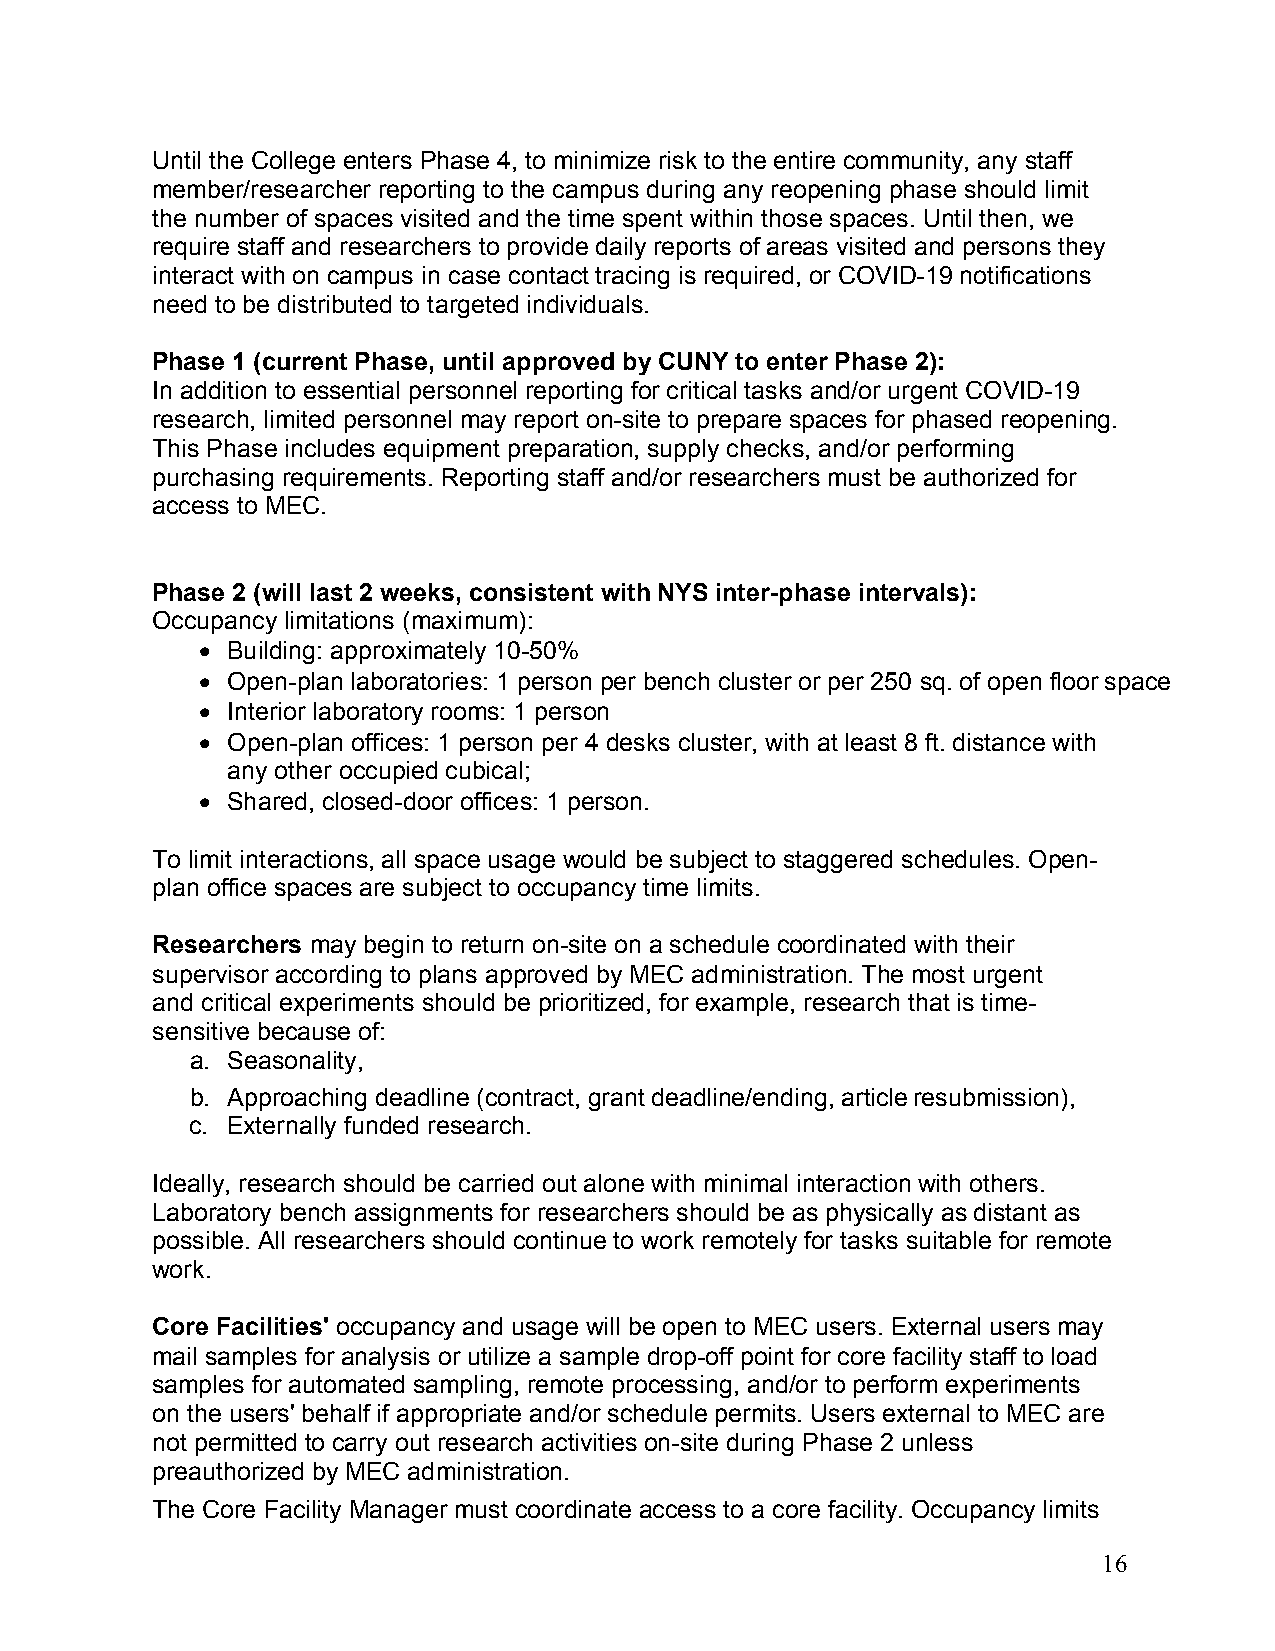
Until the College enters Phase 4, to minimize risk to the entire community, any staff
 member/researcher reporting to the campus during any reopening phase should limit
 the number of spaces visited and the time spent within those spaces. Until then, we
 require staff and researchers to provide daily reports of areas visited and persons they
 interact with on campus in case contact tracing is required, or COVID-19 notifications
 need to be distributed to targeted individuals.
 Phase 1 (current Phase, until approved by CUNY to enter Phase 2):
 In addition to essential personnel reporting for critical tasks and/or urgent COVID-19
 research, limited personnel may report on-site to prepare spaces for phased reopening.
 This Phase includes equipment preparation, supply checks, and/or performing
 purchasing requirements. Reporting staff and/or researchers must be authorized for
 access to MEC.
 Phase 2 (will last 2 weeks, consistent with NYS inter-phase intervals):
 Occupancy limitations (maximum):
 • Building: approximately 10-50%
 • Open-plan laboratories: 1 person per bench cluster or per 250 sq. of open floor space
 • Interior laboratory rooms: 1 person
 • Open-plan offices: 1 person per 4 desks cluster, with at least 8 ft. distance with
 any other occupied cubical;
 • Shared, closed-door offices: 1 person.
 To limit interactions, all space usage would be subject to staggered schedules. Open-
 plan office spaces are subject to occupancy time limits.
 Researchers may begin to return on-site on a schedule coordinated with their
 supervisor according to plans approved by MEC administration. The most urgent
 and critical experiments should be prioritized, for example, research that is time-
 sensitive because of:
 a. Seasonality,
 b. Approaching deadline (contract, grant deadline/ending, article resubmission),
 c. Externally funded research.
 Ideally, research should be carried out alone with minimal interaction with others.
 Laboratory bench assignments for researchers should be as physically as distant as
 possible. All researchers should continue to work remotely for tasks suitable for remote
 work.
 Core Facilities' occupancy and usage will be open to MEC users. External users may
 mail samples for analysis or utilize a sample drop-off point for core facility staff to load
 samples for automated sampling, remote processing, and/or to perform experiments
 on the users' behalf if appropriate and/or schedule permits. Users external to MEC are
 not permitted to carry out research activities on-site during Phase 2 unless
 preauthorized by MEC administration.
 The Core Facility Manager must coordinate access to a core facility. Occupancy limits
 16